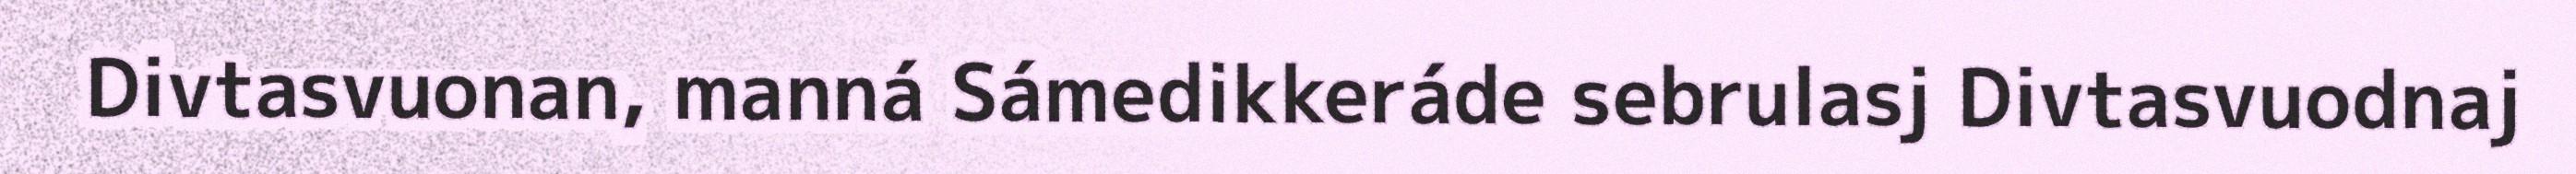
Divtasvuonan, manná Sámedikkeráde sebrulasj Divtasvuodnaj